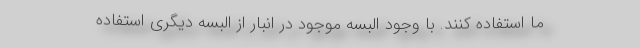
ما استفاده کنند. با وجود البسه موجود در انبار از البسه دیگری استفاده